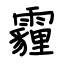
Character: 霾